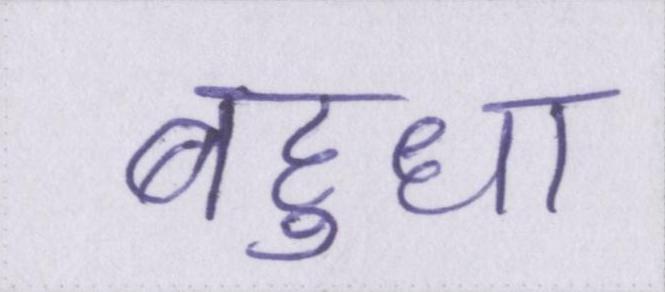
बहुधा